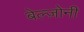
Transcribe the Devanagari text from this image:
बेल्ज़ोनी